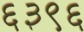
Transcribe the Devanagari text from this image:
६३९६